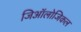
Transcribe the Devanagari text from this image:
जिऑलोजिकल